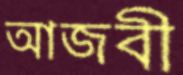
আজবী